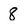
Character: 8